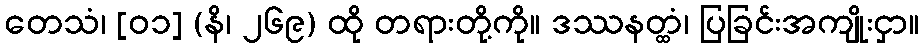
တေသံ၊ [၀၁] (နိ၊ ၂၆၉) ထို တရားတို့ကို။ ဒဿနတ္ထံ၊ ပြခြင်းအကျိုးငှာ။